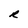
Character: R